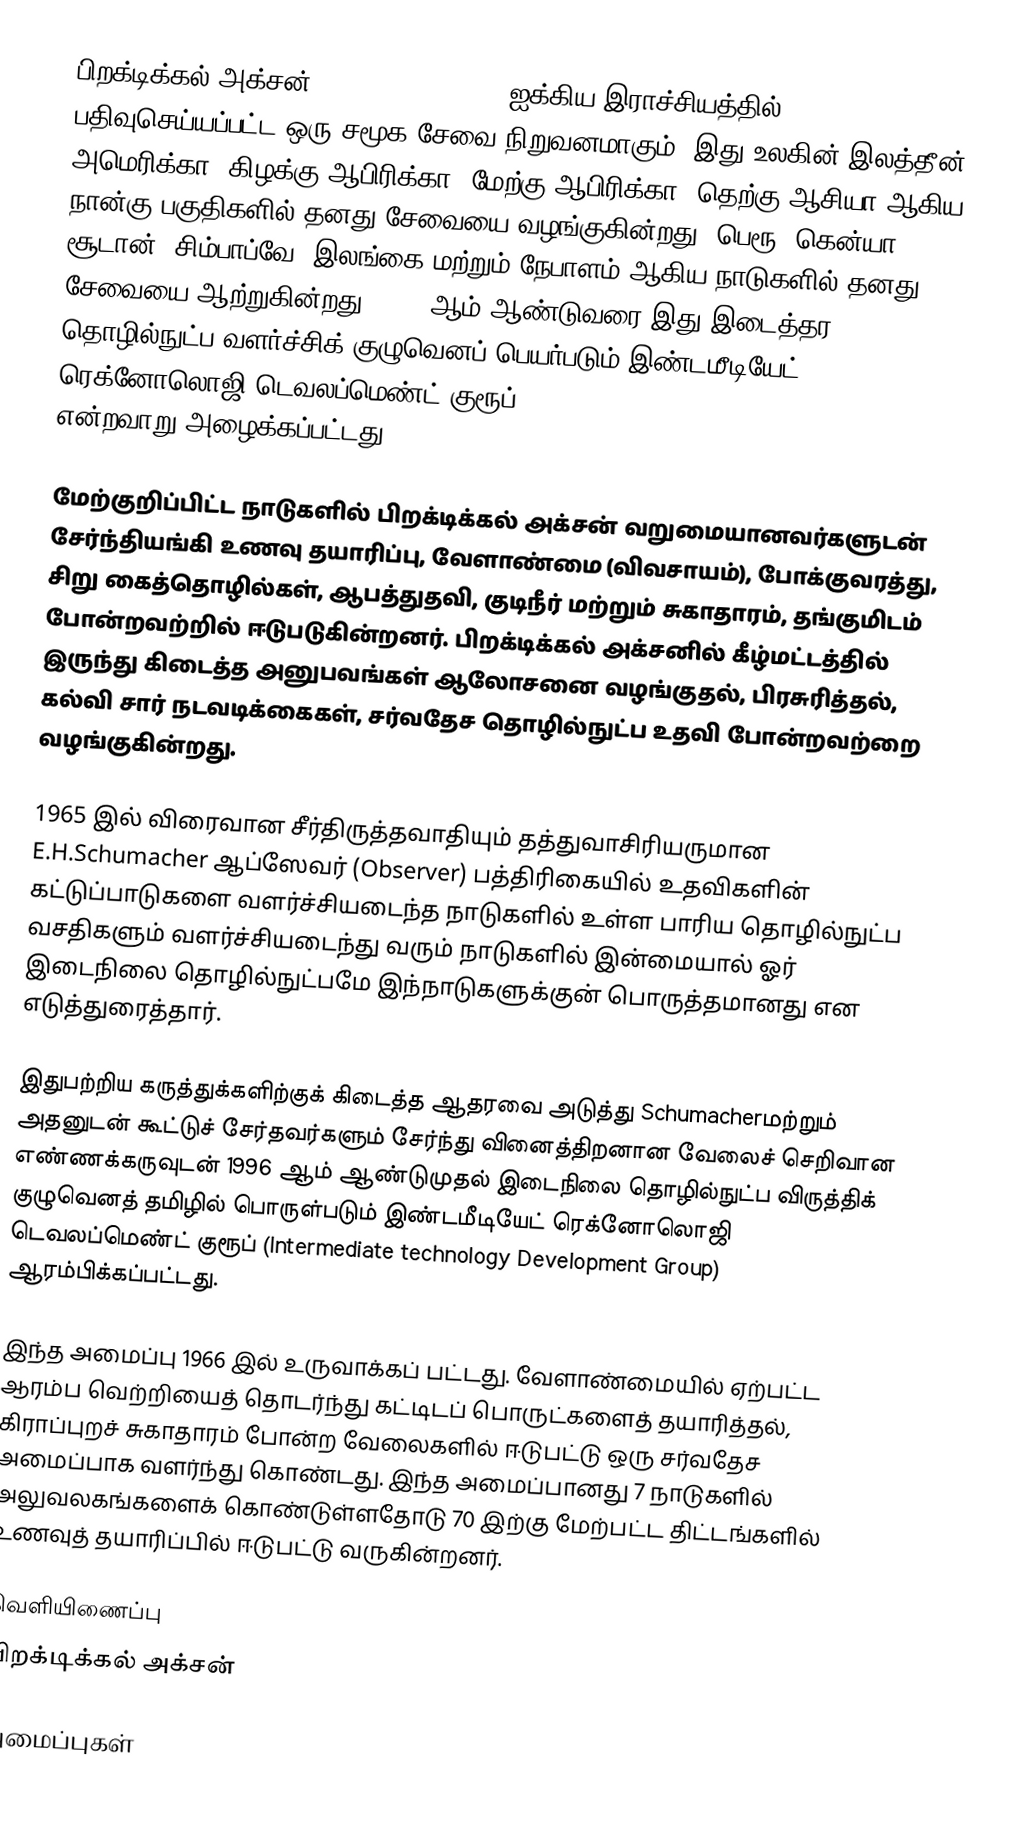
பிறக்டிக்கல் அக்சன் (Practical Action) ஐக்கிய இராச்சியத்தில் பதிவுசெய்யப்பட்ட ஒரு சமூக சேவை நிறுவனமாகும். இது உலகின் இலத்தீன் அமெரிக்கா, கிழக்கு ஆபிரிக்கா, மேற்கு ஆபிரிக்கா, தெற்கு ஆசியா ஆகிய நான்கு பகுதிகளில் தனது சேவையை வழங்குகின்றது. பெரூ, கென்யா, சூடான்,  சிம்பாப்வே, இலங்கை மற்றும் நேபாளம் ஆகிய நாடுகளில் தனது சேவையை ஆற்றுகின்றது. 2005 ஆம் ஆண்டுவரை இது இடைத்தர தொழில்நுட்ப வளர்ச்சிக் குழுவெனப் பெயர்படும் இண்டமீடியேட் ரெக்னோலொஜி டெவலப்மெண்ட் குரூப் (Intermediate technology Development Group) என்றவாறு அழைக்கப்பட்டது.

மேற்குறிப்பிட்ட நாடுகளில் பிறக்டிக்கல் அக்சன் வறுமையானவர்களுடன் சேர்ந்தியங்கி உணவு தயாரிப்பு, வேளாண்மை (விவசாயம்), போக்குவரத்து, சிறு கைத்தொழில்கள், ஆபத்துதவி, குடிநீர் மற்றும் சுகாதாரம், தங்குமிடம் போன்றவற்றில் ஈடுபடுகின்றனர். பிறக்டிக்கல் அக்சனில் கீழ்மட்டத்தில் இருந்து கிடைத்த அனுபவங்கள் ஆலோசனை வழங்குதல், பிரசுரித்தல், கல்வி சார் நடவடிக்கைகள், சர்வதேச தொழில்நுட்ப உதவி போன்றவற்றை வழங்குகின்றது.

1965 இல் விரைவான சீர்திருத்தவாதியும் தத்துவாசிரியருமான E.H.Schumacher ஆப்ஸேவர் (Observer) பத்திரிகையில் உதவிகளின் கட்டுப்பாடுகளை வளர்ச்சியடைந்த நாடுகளில் உள்ள பாரிய தொழில்நுட்ப வசதிகளும் வளர்ச்சியடைந்து வரும் நாடுகளில் இன்மையால் ஓர் இடைநிலை தொழில்நுட்பமே இந்நாடுகளுக்குன் பொருத்தமானது என எடுத்துரைத்தார்.

இதுபற்றிய கருத்துக்களிற்குக் கிடைத்த ஆதரவை அடுத்து Schumacherமற்றும் அதனுடன் கூட்டுச் சேர்தவர்களும் சேர்ந்து வினைத்திறனான வேலைச் செறிவான எண்ணக்கருவுடன் 1996 ஆம் ஆண்டுமுதல் இடைநிலை தொழில்நுட்ப விருத்திக் குழுவெனத் தமிழில் பொருள்படும் இண்டமீடியேட் ரெக்னோலொஜி டெவலப்மெண்ட் குரூப் (Intermediate technology Development Group) ஆரம்பிக்கப்பட்டது.

இந்த அமைப்பு 1966 இல் உருவாக்கப் பட்டது. வேளாண்மையில் ஏற்பட்ட ஆரம்ப வெற்றியைத் தொடர்ந்து கட்டிடப் பொருட்களைத் தயாரித்தல், கிராப்புறச் சுகாதாரம் போன்ற வேலைகளில் ஈடுபட்டு ஒரு சர்வதேச அமைப்பாக வளர்ந்து கொண்டது. இந்த அமைப்பானது 7 நாடுகளில் அலுவலகங்களைக் கொண்டுள்ளதோடு 70 இற்கு மேற்பட்ட திட்டங்களில் உணவுத் தயாரிப்பில் ஈடுபட்டு வருகின்றனர்.

வெளியிணைப்பு
பிறக்டிக்கல் அக்சன்

அமைப்புகள்